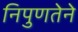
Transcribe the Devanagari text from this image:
निपुणतेने